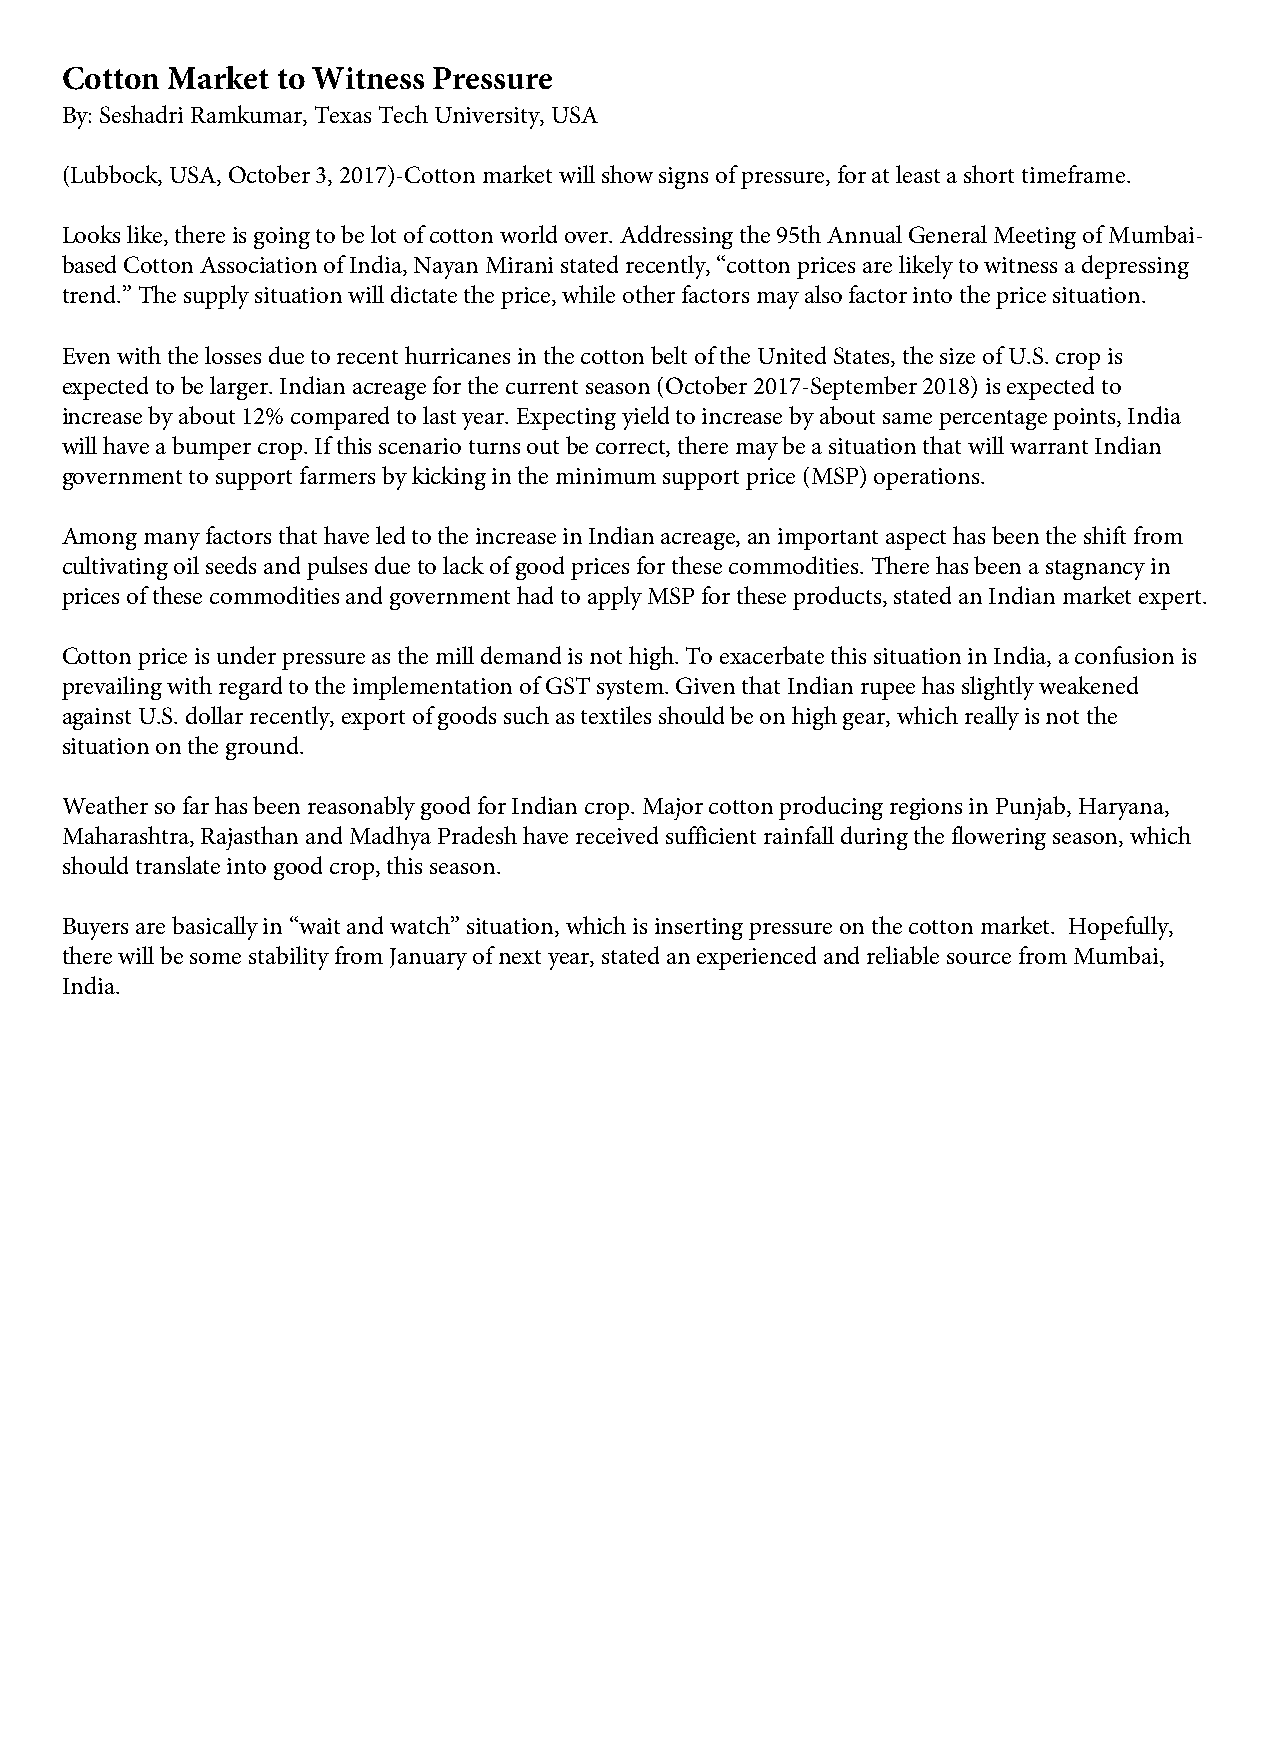
Cotton Market to Witness Pressure
 By: Seshadri Ramkumar, Texas Tech University, USA
 (Lubbock, USA, October 3, 2017)-Cotton market will show signs of pressure, for at least a short timeframe.
 Looks like, there is going to be lot of cotton world over. Addressing the 95th Annual General Meeting of Mumbai-
 based Cotton Association of India, Nayan Mirani stated recently, “cotton prices are likely to witness a depressing
 trend.” The supply situation will dictate the price, while other factors may also factor into the price situation.
 Even with the losses due to recent hurricanes in the cotton belt of the United States, the size of U.S. crop is
 expected to be larger. Indian acreage for the current season (October 2017-September 2018) is expected to
 increase by about 12% compared to last year. Expecting yield to increase by about same percentage points, India
 will have a bumper crop. If this scenario turns out be correct, there may be a situation that will warrant Indian
 government to support farmers by kicking in the minimum support price (MSP) operations.
 Among many factors that have led to the increase in Indian acreage, an important aspect has been the shift from
 cultivating oil seeds and pulses due to lack of good prices for these commodities. There has been a stagnancy in
 prices of these commodities and government had to apply MSP for these products, stated an Indian market expert.
 Cotton price is under pressure as the mill demand is not high. To exacerbate this situation in India, a confusion is
 prevailing with regard to the implementation of GST system. Given that Indian rupee has slightly weakened
 against U.S. dollar recently, export of goods such as textiles should be on high gear, which really is not the
 situation on the ground.
 Weather so far has been reasonably good for Indian crop. Major cotton producing regions in Punjab, Haryana,
 Maharashtra, Rajasthan and Madhya Pradesh have received sufficient rainfall during the flowering season, which
 should translate into good crop, this season.
 Buyers are basically in “wait and watch” situation, which is inserting pressure on the cotton market. Hopefully,
 there will be some stability from January of next year, stated an experienced and reliable source from Mumbai,
 India.